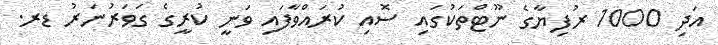
އަދި 1000 ރުފިޔާގެ ނޫޓްތަކުގައި ސޮއި ކުރައްވާފައި ވަނީ ކުރީގެ ގަވަރުނަރު ޑރ.